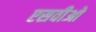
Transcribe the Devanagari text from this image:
एसवीओ